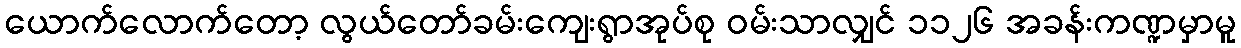
ယောက်လောက်တော့ လွယ်တော်ခမ်းကျေးရွာအုပ်စု ဝမ်းသာလျှင် ၁၁၂၆ အခန်းကဏ္ဍမှာမူ